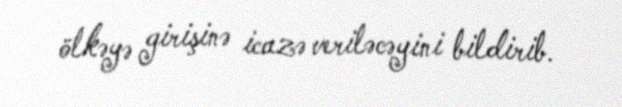
ölkəyə girişinə icazə veriləcəyini bildirib.